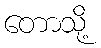
တောသို့